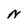
Character: N